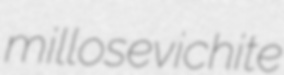
millosevichite